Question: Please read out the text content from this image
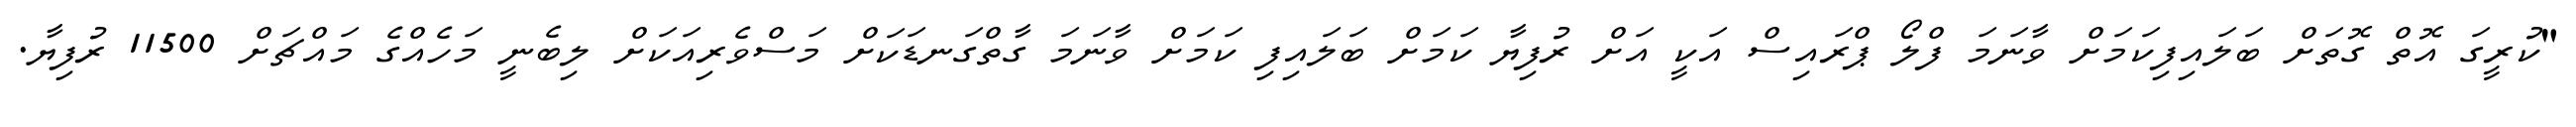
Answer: "ކުރީގަ އޮތް ގޮތަށް ބަލައިފިކަމަށް ވާނަމަ ފްލޯ ޕްރައިސް އަކީ އަށް ރުފިޔާ ކަމަށް ބަލައިފި ކަމަށް ވާނަމަ ގާތްގަނޑަކަށް މަސްވެރިއަކަށް ލިބެނީ މަހެއްގެ މައްޗަށް 11500 ރުފިޔާ.